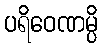
ပရိဝေဏမ္ပိ